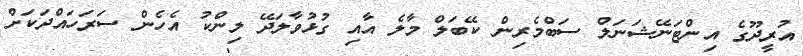
އުރީދޫގެ އިންޓަނޭޝަނަލް ސަބްމެރިން ކޭބަލް މާލެ އާއި ގުޅުވާލަދޭ ލިންކު އެހެން ސަރަހައްދަކަށް